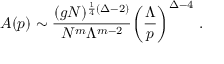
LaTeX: { \cal A } ( p ) \sim \frac { ( g N ) ^ { \frac { 1 } { 4 } ( \Delta - 2 ) } } { N ^ { m } \Lambda ^ { m - 2 } } \biggl ( \frac { \Lambda } { p } \biggr ) ^ { \Delta - 4 } \ .